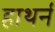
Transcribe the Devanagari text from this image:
हाथर्न